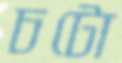
চটো